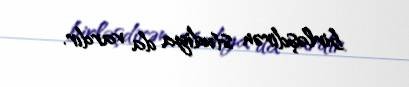
birləşdirən studiya da vardır.